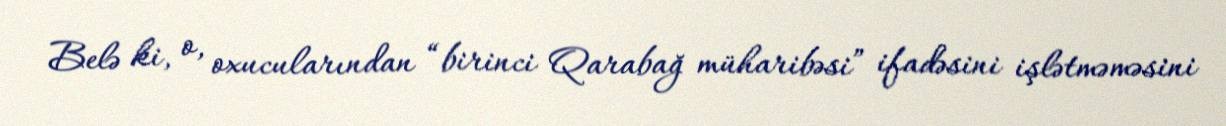
Belə ki, o, oxucularından “birinci Qarabağ müharibəsi” ifadəsini işlətməməsini